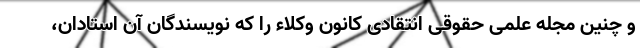
و چنین مجله علمی حقوقی انتقادی کانون وکلاء را که نویسندگان آن استادان،